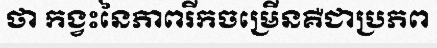
ថា កង្វះនៃភាពរីកចម្រើនគឺជាប្រភព